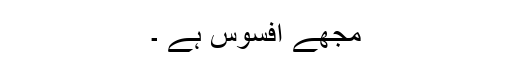
مجھے افسوس ہے ۔